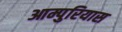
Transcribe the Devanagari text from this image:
आम्पुरियास